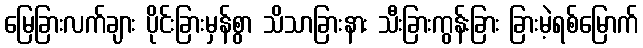
မြေခြားလက်ချား ပိုင်းခြားမှန်စွာ သိသာခြားနား သီးခြားကွန်းခြား ခြားမဲ့ရစ်မြောက်